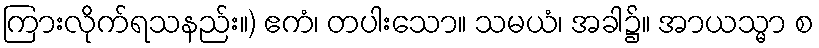
ကြားလိုက်ရသနည်း။) ဧကံ၊ တပါးသော။ သမယံ၊ အခါ၌။ အာယသ္မာ စ